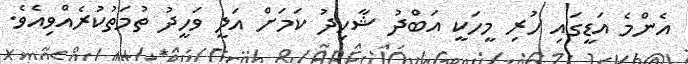
އެންމެ އަޑީގައި ހުރި މީހަކީ އަބްދު ޝާހިދު ކަމަށް އަލީ ވަހީދު ތުމަތުކުރެއްވިއެވެ.